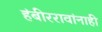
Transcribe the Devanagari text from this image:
हंबीररावांनाही